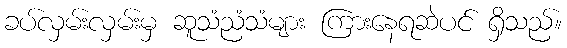
ခပ်လှမ်းလှမ်းမှ ဆူသံညံသံများ ကြားနေရဆဲပင် ရှိသည်။